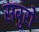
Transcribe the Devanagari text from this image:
सबुरो